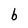
Character: b